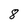
Character: 8